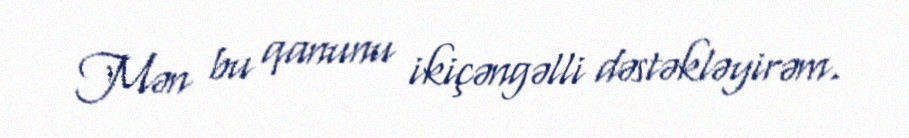
Mən bu qanunu ikiçəngəlli dəstəkləyirəm.